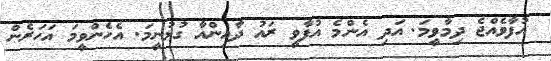
އުފާވެއްޖެ ދިމާވީމަ. އަދި އެންމެ އުފާވީ ރައު ދާއިންއާ ގުޅުނީމަ. އެހެންވީމަ އަހަރެން